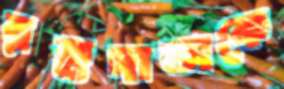
রক্তদাতাকে